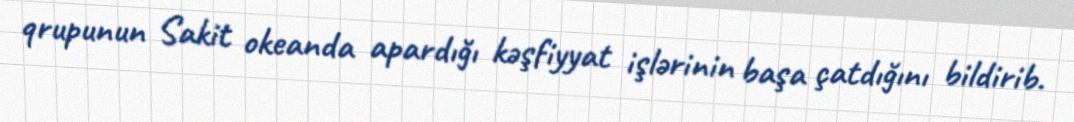
qrupunun Sakit okeanda apardığı kəşfiyyat işlərinin başa çatdığını bildirib.